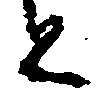
と